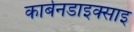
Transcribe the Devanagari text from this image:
कार्बनडाइक्साइ